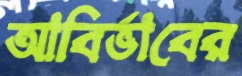
আবির্ভাবের